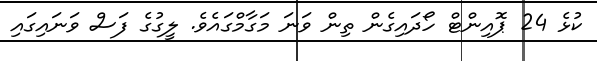
ކުޅެ 24 ޕޮއިންޓް ހޯދައިގެން ތިން ވަނަ މަގާމްގައެވެ. ލީގުގެ ފަސް ވަނައިގައި